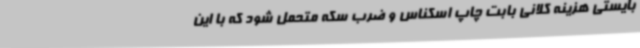
بایستی هزینه کلانی بابت چاپ اسکناس و ضرب سکه متحمل شود که با این